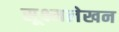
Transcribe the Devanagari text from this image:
सूक्ष्मलेखन